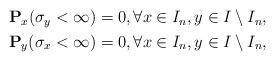
LaTeX: \begin{align*}\begin{aligned}&\mathbf{P}_x(\sigma_y<\infty)=0,\forall x\in I_n, y\in I\setminus I_n,\\&\mathbf{P}_y(\sigma_x<\infty)=0,\forall x\in I_n, y\in I\setminus I_n,\end{aligned}\end{align*}